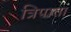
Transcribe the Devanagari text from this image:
त्रिपाता